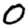
Digit: 0